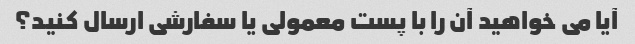
آیا می خواهید آن را با پست معمولی یا سفارشی ارسال کنید؟